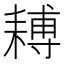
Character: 𦔍